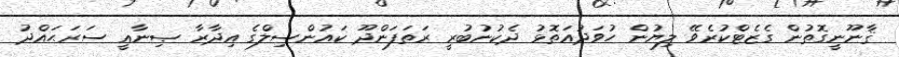
ޤާނޫނީގޮތުން ގެޒެޓްކުރެވޭ ލިޔުން ހުވަދުއަތޮޅު ދެކުނުބުރީ ރަތަފަންދޫ ކައުންސިލްގެ އިދާރާ ޞިނާޢީ ސަރަޙައްދު